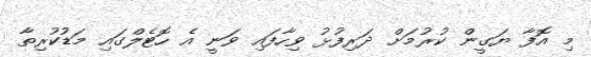
މި އޮފާ ޔަގީން ކުރުމަށް ދަރިފުޅު ވިހާފައި ވަނީ އެ ހޮޓެލްގައި މަޑުކުރިތާ